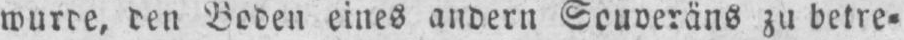
wurde, den Boden eines andern Souveräns zu betre⸗